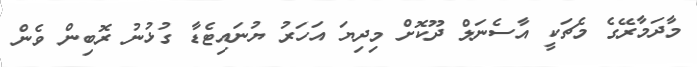
މާދަމާރޭގެ މެޗަކީ އާސެނަލް ދޫކޮށް މިދިޔަ އަހަރު ޔުނައިޓެޑާ ގުޅުނު ރޮބިން ވެން